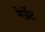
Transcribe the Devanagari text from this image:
मेर्ग्रेट